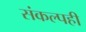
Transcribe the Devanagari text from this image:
संकल्पही